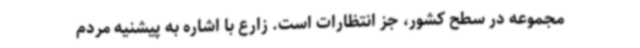
مجموعه در سطح کشور، جز انتظارات است. زارع با اشاره به پیشنیه مردم